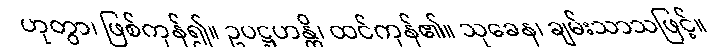
ဟုတွာ၊ ဖြစ်ကုန်၍။ ဥပဋ္ဌဟန္တိ၊ ထင်ကုန်၏။ သုခေန၊ ချမ်းသာသဖြင့်။